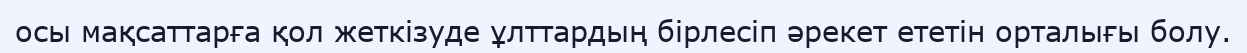
осы мақсаттарға қол жеткізуде ұлттардың бірлесіп әрекет ететін орталығы болу.